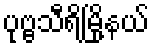
ပုဗ္ဗသီရိမြို့နယ်